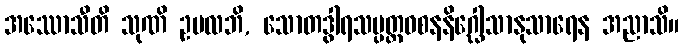
အဿောသီတိ သုဏိ ဥပလဘိ, သောတဒွါရသမ္ပတ္တဝစနနိဂ္ဃေါသာနုသာရေန အညာသိ။